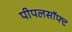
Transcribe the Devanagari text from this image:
पीपलसॉफ्ट